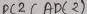
Text: ADC2